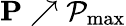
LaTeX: \mathbf{P}\nearrow\mathcal{P}_{\operatorname*{max}}